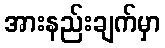
အားနည်းချက်မှာ